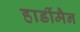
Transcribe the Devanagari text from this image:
हार्डीमैन